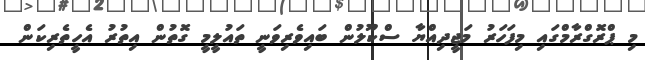
މި ޕްރޮގްރާމްގައި މިފަހަރު މަޖީދިއްޔާ ސްކޫލުން ބައިވެރިވަނީ ތައުލީމީ ގޮތުން އިތުރު އެހީތެރިކަން